Civil Veterinary Dept. North-West Frontier Province 1901-22 - 1901-1922
Year: 1901
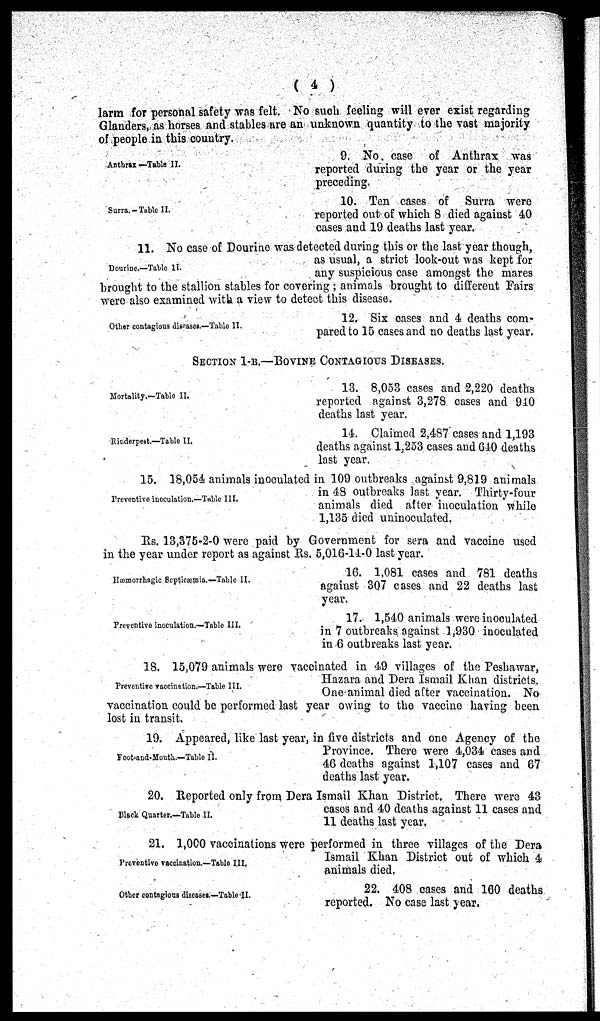
(4)
larm for personal safety was felt. No such feeling will ever exist regarding
Glanders, as horses and stables are an unknown quantity to the vast majority
of people in this country.
Anthrax—Table II.
9. No case of Anthrax was
reported during the year or the year
preceding
Surra.-Table II.
10. Ten cases of Surra were
reported out of which 8 died against 40
cases and 19 deaths last year.
Dourine.—Table II.
11. No case of Dourine was detected during this or the last year though,
as usual, a strict look-out was kept for
any suspicious case amongst the mares
brought to the stallion stables for covering; animals brought to different Fairs
were also examined with a view to detect this disease.
Other contagious diseases.—Table II.
12. Six cases and 4 deaths com-
pared to 15 cases and no deaths last year.
SECTION 1-B.—BOVINE CONTAGIOUS DISEASES.
Mortality.—Table II.
13. 8,053 cases and 2,220 deaths
reported against 3,278 cases and 910
deaths last year.
Rinderpest.—Table II.
14. Claimed 2,487 cases and 1,193
deaths against 1,253 cases and 640 deaths
last year.
Preventive inceulation.—Table III.
15. 18,054 animals inoculated in 109 outbreaks against 9,819 animals
in 48 outbreaks last year. Thirty-four
animals died after inoculation while
1,135 died uninoculated.
Rs. 13,375-2-0 were paid by Government for sera and vaccine used
in the year under report as against Rs. 5,016-11-0 last year.
Hæmorrhagic Septicæmia.— Table II.
16. 1,081 cases and 781 deaths
against 307 cases and 22 deaths last
year.
Preventive inoculation.—Table III.
17. 1,540 animals were inoculated
in 7 outbreaks against 1,930 inoculated
in 6 outbreaks last year.
Preventive vaccination.—Table III.
18. 15,079 animals were vaccinated in 49 villages of the Peshawar,
Hazara and Dera Ismail Khan districts.
One animal died after vaccination. No
vaccination could be performed last year owing to the vaccine having been
lost in transit.
Foot-and-Mouth.—Table II.
19. Appeared, like last year, in five districts and one Agency of the
Province. There were 4,034 cases and
46 deaths against 1,107 cases and 67
deaths last year.
Black Quarter.—Table II.
20. Reported only from Dera Ismail Khan District. There were 43
cases and 40 deaths against 11 cases and
11 deaths last year.
Preventive vaccination.—Table III.
21. 1,000 vaccinations were performed in three villages of the Dera
Ismail Khan District out of which 4
animals died.
Other contagious diseases.—Table II.
22. 408 cases and 100 deaths
reported. No case last year.